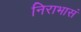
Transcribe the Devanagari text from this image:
निराभासं